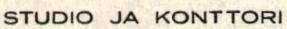
STUDIO JA KONTTORI